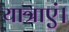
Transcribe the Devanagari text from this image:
यात्राएं।